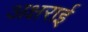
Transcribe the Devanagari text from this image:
अक्षराई